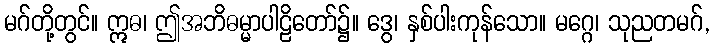
မဂ်တို့တွင်။ ဣဓ၊ ဤအဘိဓမ္မာပါဠိတော်၌။ ဒွေ၊ နှစ်ပါးကုန်သော။ မဂ္ဂေ၊ သုညတမဂ်,